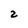
Character: 2